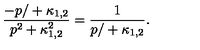
\frac { { - p / } + \kappa _ { 1 , 2 } } { p ^ { 2 } + \kappa _ { 1 , 2 } ^ { 2 } } = \frac { 1 } { { p / } + \kappa _ { 1 , 2 } } .